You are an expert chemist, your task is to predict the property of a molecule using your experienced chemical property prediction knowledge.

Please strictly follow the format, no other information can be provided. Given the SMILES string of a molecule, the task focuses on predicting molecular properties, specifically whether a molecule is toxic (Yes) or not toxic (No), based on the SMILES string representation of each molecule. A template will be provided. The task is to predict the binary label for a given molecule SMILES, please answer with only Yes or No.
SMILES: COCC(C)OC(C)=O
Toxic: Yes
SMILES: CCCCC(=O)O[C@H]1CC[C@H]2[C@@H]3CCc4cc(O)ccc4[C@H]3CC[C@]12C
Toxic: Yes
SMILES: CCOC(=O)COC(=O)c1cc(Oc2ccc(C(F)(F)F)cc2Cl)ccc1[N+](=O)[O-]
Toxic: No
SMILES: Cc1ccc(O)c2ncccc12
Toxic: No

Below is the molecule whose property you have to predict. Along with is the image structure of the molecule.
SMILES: NCCCCCCN
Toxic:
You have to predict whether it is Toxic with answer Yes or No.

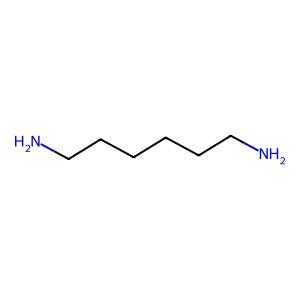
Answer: No